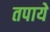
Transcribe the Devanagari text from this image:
तपाये